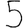
Digit: 5